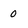
Character: 0